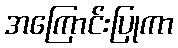
အကြောင်းပြုကာ